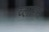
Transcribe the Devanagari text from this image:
व्लाम्स